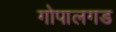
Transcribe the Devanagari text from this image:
गोपालगड